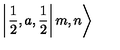
\left| \left. \frac { 1 } { 2 } , a , \frac { 1 } { 2 } \right| m , n \right\rangle